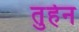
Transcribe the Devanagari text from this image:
तुर्हन